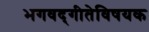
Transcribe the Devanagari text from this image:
भगवद्‌गीतेविषयक